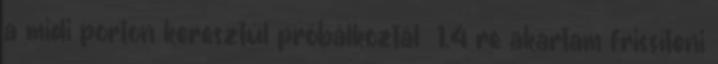
a midi porton keresztül próbálkoztál 1.4 re akartam frissíteni